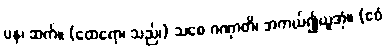
ပန၊ ဆက်။ (ထေရော၊ သည်၊) သစေ ဂဏှာတိ၊ အကယ်၍ယူအံ့။ (ဧဝံ